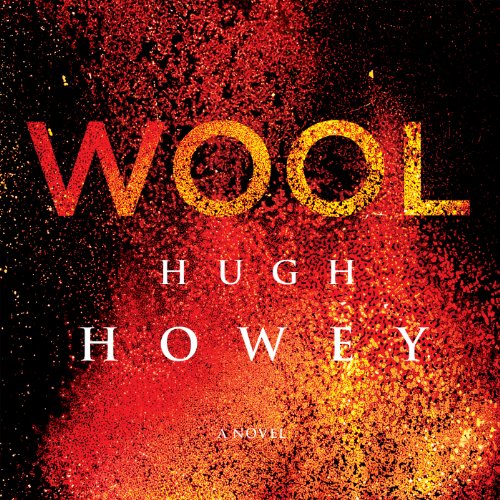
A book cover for Wool: Silo, #1; Wool, #1-5; Hugh Howey; Science Fiction & Fantasy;